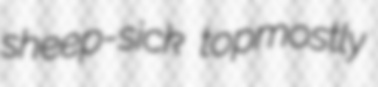
sheep-sick topmostly